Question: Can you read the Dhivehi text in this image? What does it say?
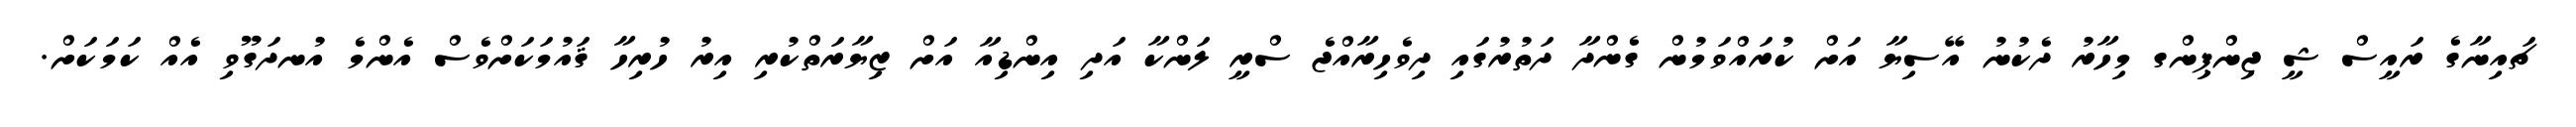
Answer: ޗައިނާގެ ރައީސް ޝީ ޖިންޕިންގ މިހާރު ދެކުނު އޭސިޔާ އަށް ކުރައްވަމުން ގެންދާ ދަތުރުގައި ދިވެހިރާއްޖެ ސްރީ ލަންކާ އަދި އިންޑިއާ އަށް ޒިޔާރަތްކުރި އިރު ހުރިހާ ޤައުމަކަށްވެސް އެންމެ އުނދަގޫވި އެއް ކަމަކަށް.